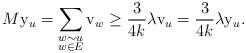
LaTeX: \begin{align*}M \mathbf{\mathrm{y}}_u = \sum_{\substack{w \sim u \\ w \in E}} \mathbf{\mathrm{v}}_w \geq \frac{3}{4k} \lambda \mathbf{\mathrm{v}}_u = \frac{3}{4k} \lambda \mathbf{\mathrm{y}}_u. \end{align*}